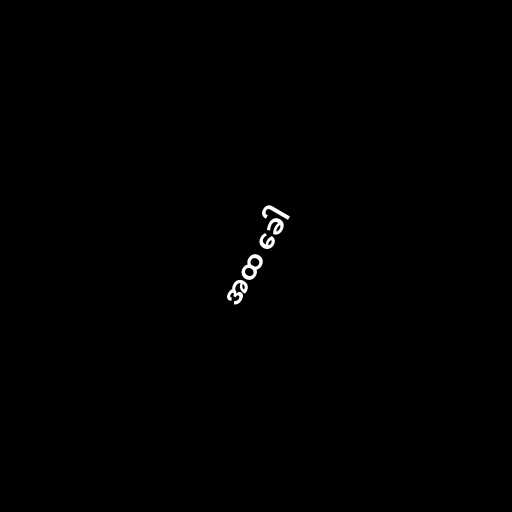
အထ ခေါ